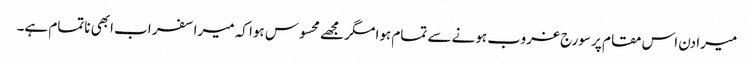
میرا دن اس مقام پر سورج غروب ہونے سے تمام ہوا مگر مجھے محسوس ہوا کہ میرا سفر اب ابھی ناتمام ہے۔